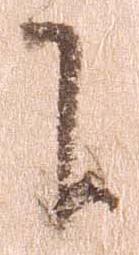
に